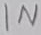
Text: IN